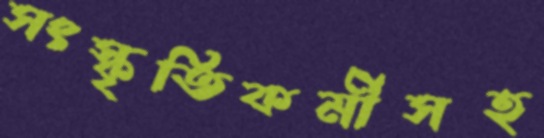
সংস্কৃতিকর্মীসহ